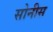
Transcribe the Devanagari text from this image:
सोनीस